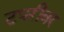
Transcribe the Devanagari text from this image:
टपरीवर